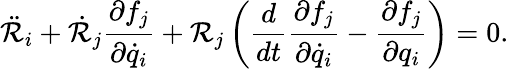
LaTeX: \ddot{\mathcal{R}}_{i}+\dot{\mathcal{R}}_{j}\frac{\partial f_{j}}{\partial\dot{q}_{i}}+\mathcal{R}_{j}\left(\frac{d}{dt}\frac{\partial f_{j}}{\partial\dot{q}_{i}}-\frac{\partial f_{j}}{\partial q_{i}}\right)=0.